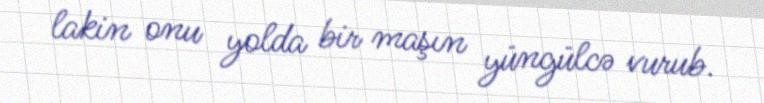
lakin onu yolda bir maşın yüngülcə vurub.